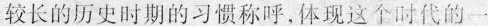
较长的历史时期的习惯称呼，体现这个时代的一